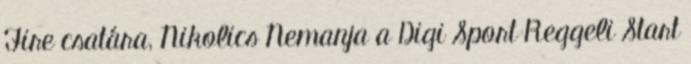
Fire csatára, Nikolics Nemanja a Digi Sport Reggeli Start